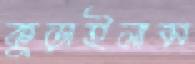
কুড়াইলাম